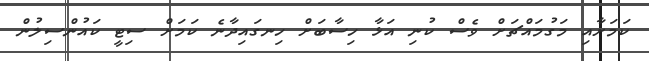
ކަމަށާއި މަގުމައްޗަށް ވެސް ކުނި އަޅާ ހިސާބަށް ހިނގައިދާނެ ކަމަށް ސިޓީ ކައުންސިލުން